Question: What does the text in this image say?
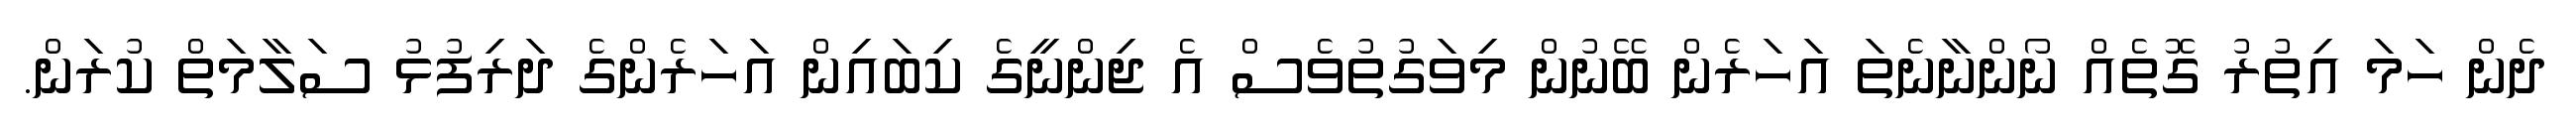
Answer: ދެން ހަމަ އިތުރު ގޮތެއް ނޯންނާނެތަ އަހަރެން ބޭނުން މިވަގުތުވެސް އެ ޖިންނީގެ ކިބައިން އަހަރެންގެ ދަރިފުޅު ސަލާމަތް ކުރަން.